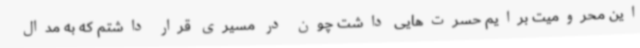
این محرومیت برایم حسرت‌هایی داشت چون در مسیری قرار داشتم که به مدال